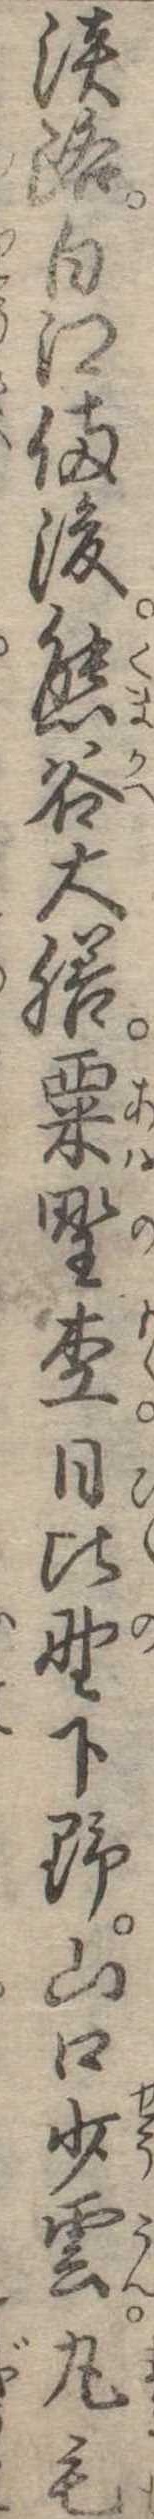
淡路白江備後熊谷大膳粟野杢日比野下野山口少雲丸毛